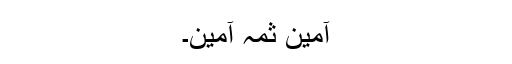
آمین ثمہٰ آمین۔